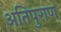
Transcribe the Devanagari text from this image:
अतिपुराण